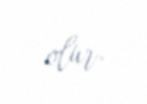
olur.